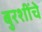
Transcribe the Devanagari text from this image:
बुरशींचे